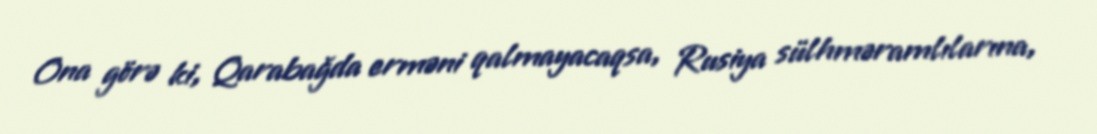
Ona görə ki, Qarabağda erməni qalmayacaqsa, Rusiya sülhməramlılarına,